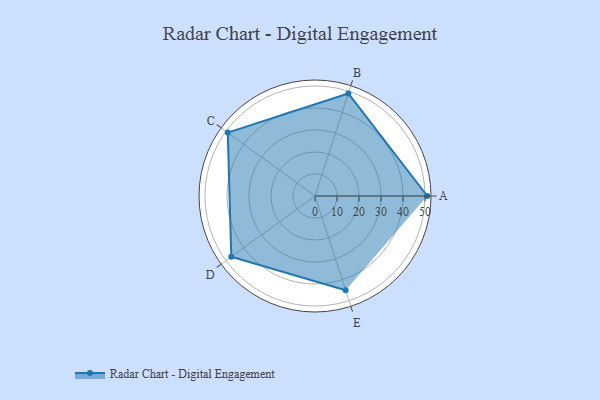
{"axis": {"x": "Skill", "y": "Score"}, "legend": ["Profile"], "data": [{"x": "A", "y": 51.0, "type": "Profile"}, {"x": "B", "y": 49.0, "type": "Profile"}, {"x": "C", "y": 49.0, "type": "Profile"}, {"x": "D", "y": 47.0, "type": "Profile"}, {"x": "E", "y": 45.0, "type": "Profile"}]}